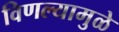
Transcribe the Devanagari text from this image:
विणल्यामुळे